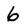
Character: 6